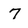
Character: 7